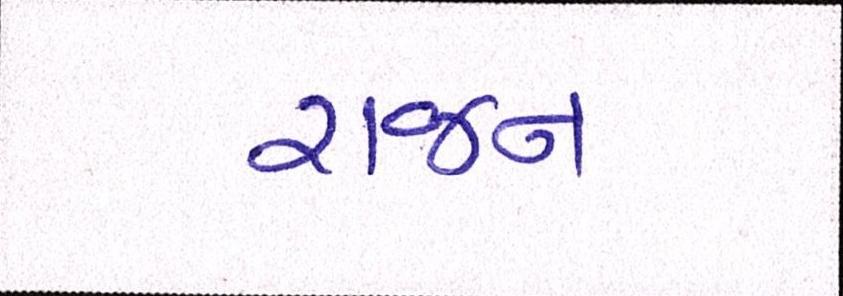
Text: રાજન